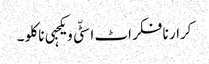
کرار نا فکر اٹ اسٹّی ویکجہی نا کلو ۔